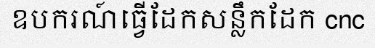
ឧបករណ៍ធ្វើដែកសន្លឹកដែក cnc